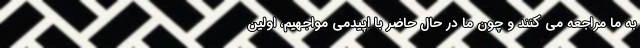
به ما مراجعه می کنند و چون ما در حال حاضر با اپیدمی مواجهیم، اولین